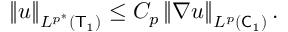
\begin{array} { r } { \left\lVert u \right\rVert _ { L ^ { p ^ { * } } ( \mathsf T _ { 1 } ) } \le C _ { p } \left\lVert \nabla u \right\rVert _ { L ^ { p } ( \mathsf C _ { 1 } ) } . } \end{array}